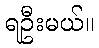
ရဦးမယ်။